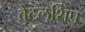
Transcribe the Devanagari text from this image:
बेटलशिप